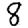
Digit: 8